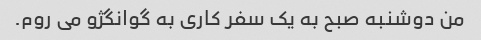
من دوشنبه صبح به یک سفر کاری به گوانگژو می روم.